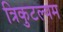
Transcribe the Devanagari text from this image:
त्रिकुटल्यम